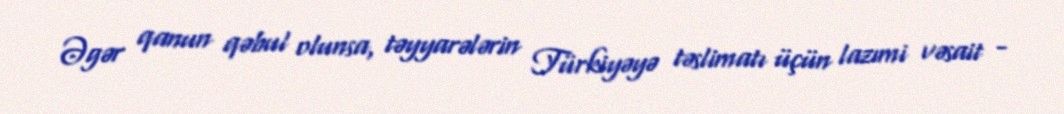
Əgər qanun qəbul olunsa, təyyarələrin Türkiyəyə təslimatı üçün lazımi vəsait -